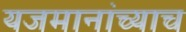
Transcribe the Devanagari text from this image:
यजमानांच्याच